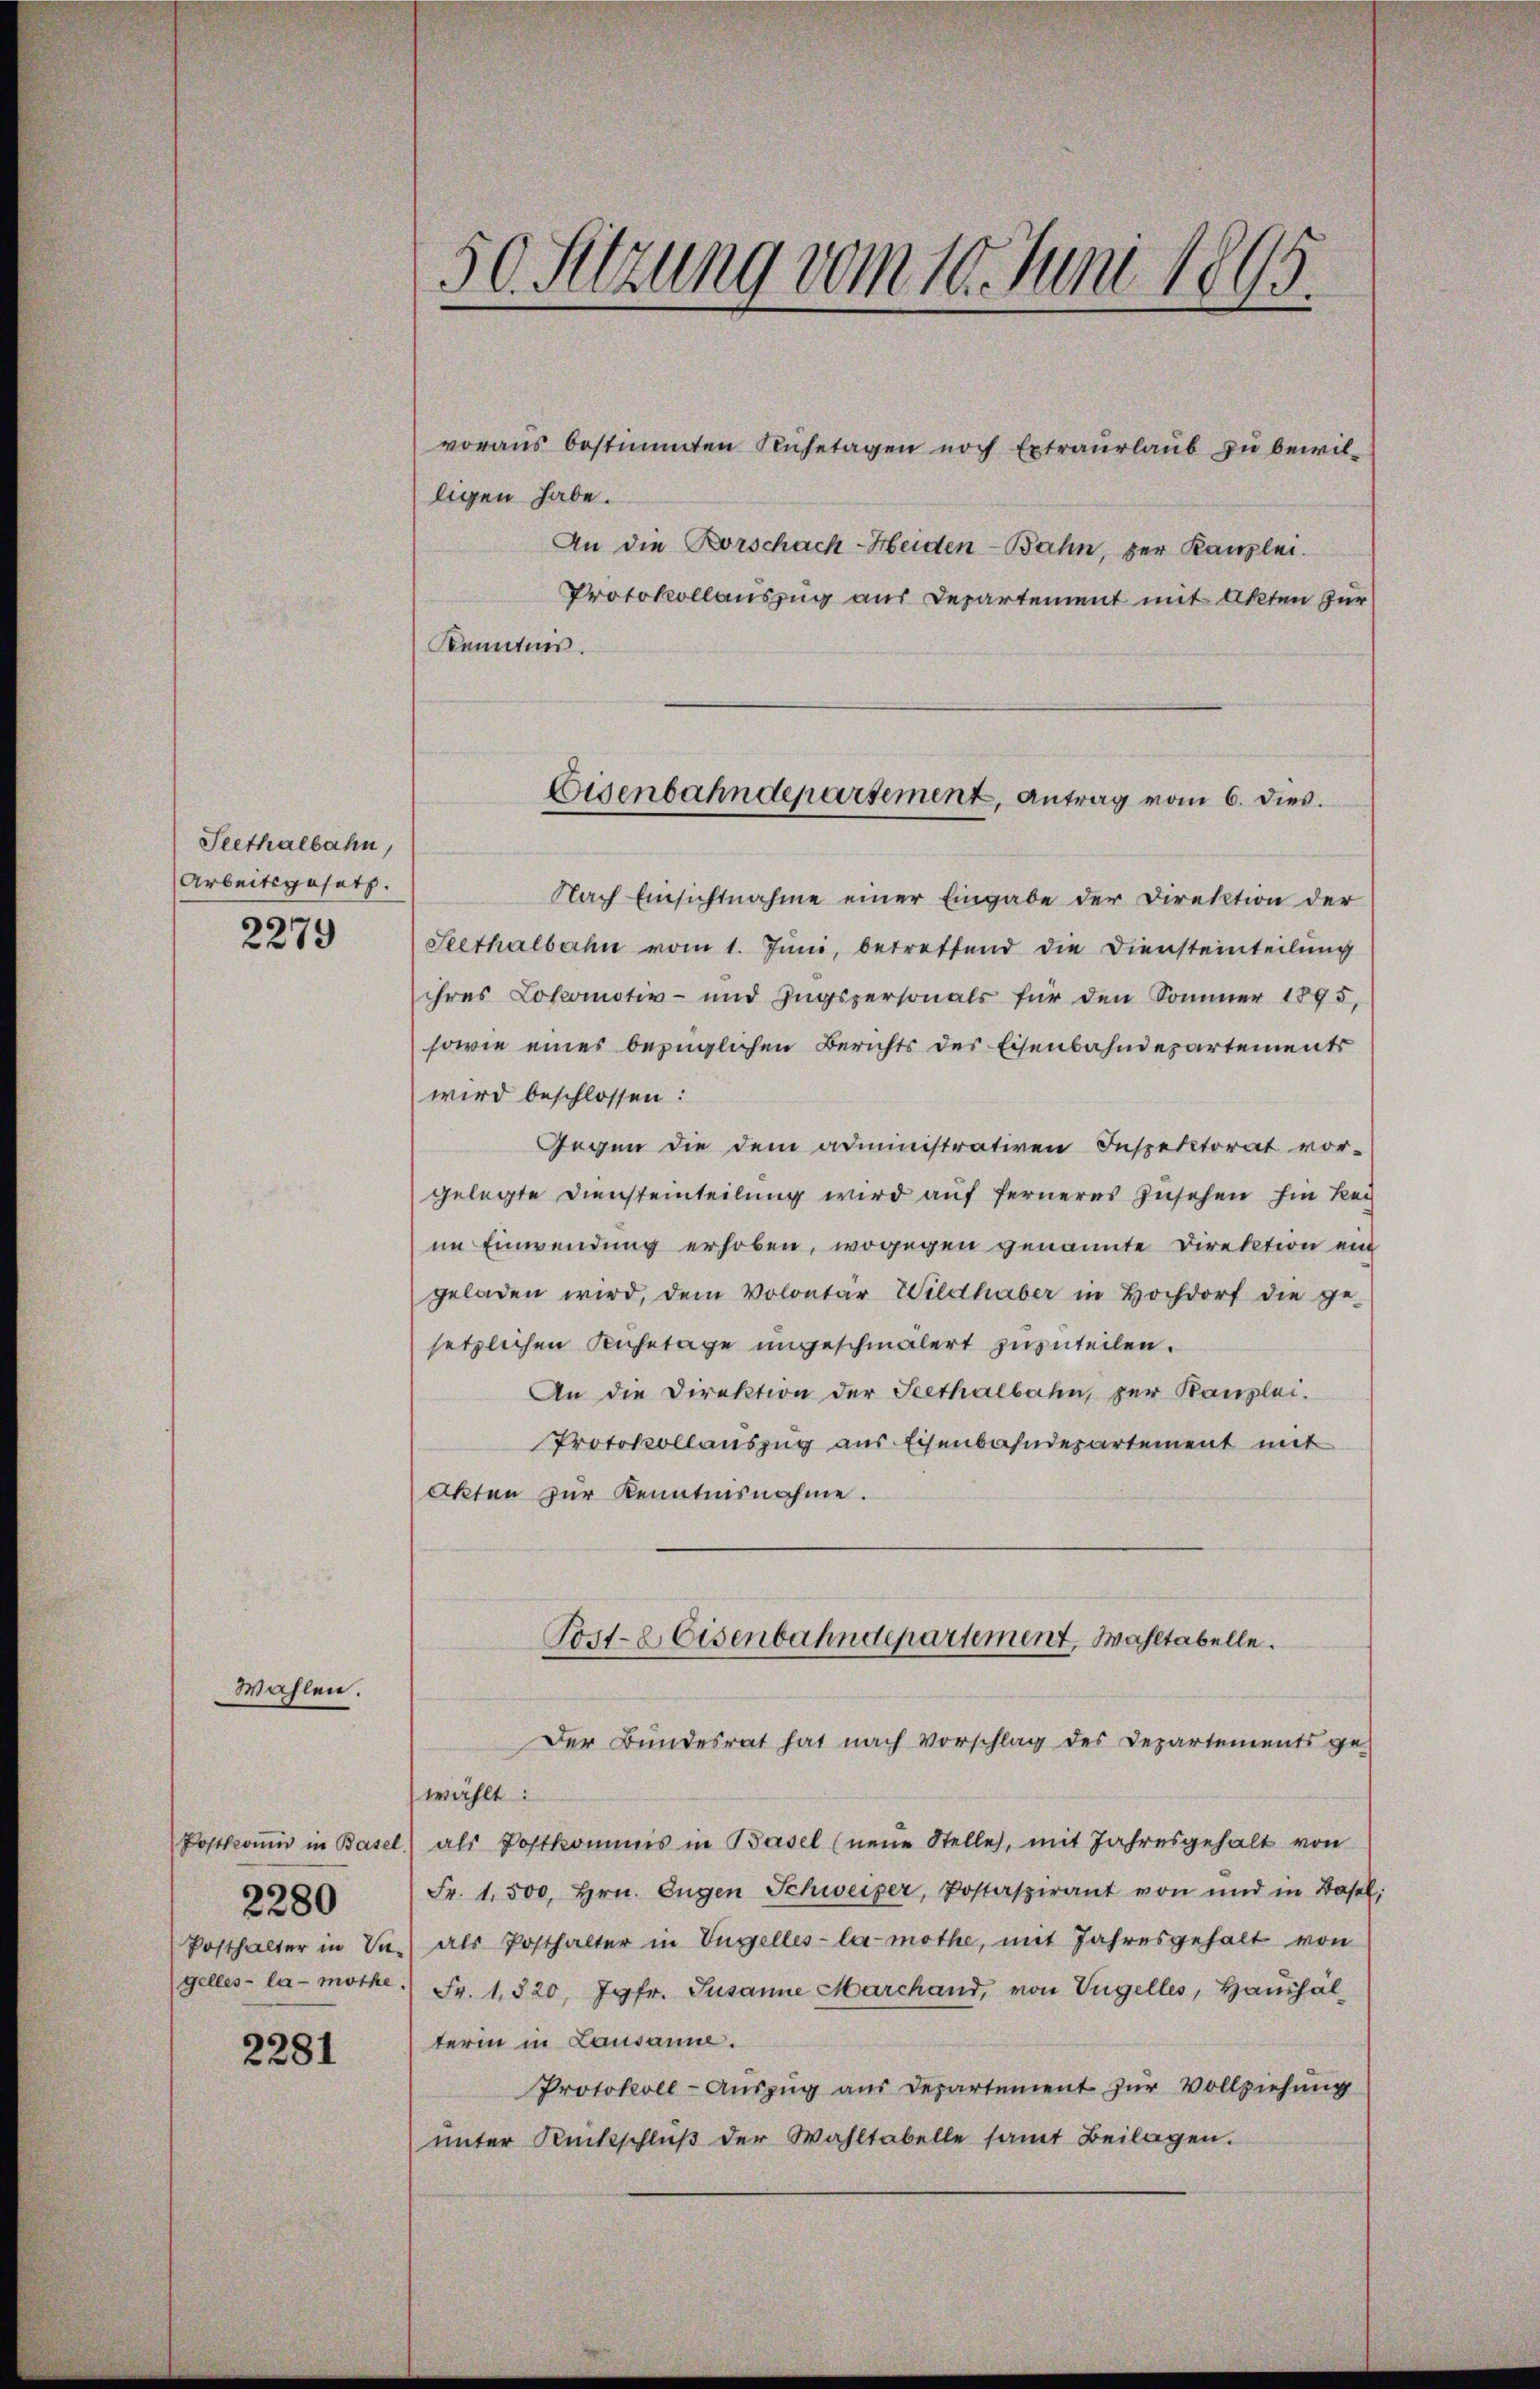
Seethalbahn,
Arbeitsgesetz.

2279

Wahlen.

Postkomit in Basel
Posthalter in Ve
gelles - la-mothe

2280

2281

50. Sitzung vom 10. Juni 1895.

voraus bestimmten Ruhetagen noch Extraurlaub zu bewilligen habe.
An die Rorschach-Heiden-Bahn, zur Kanzlei.
Protokollauszug aus Departement mit Akten zur
Kenntnis.
Nach Einsichtnahme einer Eingabe der Direktion der
Seethalbahn vom 1. Jŭni, betreffend die Diensteinteilŭng
ihres Lokomotiv- und Ingspersonals für den Sommer 1895,
sowie eines bezüglichen Berichts des Eisenbahndepartements
wird beschlossen:
Gegen die dem administrativen Inspektorat vor-
gelegte Diensteinteilung wird auf ferneres Zusehen hin kei
im Einwendung erhoben, wogegen genannte Direktion ein
geladen wird, dem Volontär Wildhaber in Hochdorf die ge-
setzlichen Kuhetage ungeschmälert zuzuteilen.
An die Direktion der Seethalbahn, zur Kanzlei.
Protokollauszug aus Eisenbahndepartement mit
Akten zur Kenntnisnahme.
Post-E Eisenbahndepartement, Wahltabelle.
Der Bundesrat hat nach Vorschlag des Departements ge-
wählt:
als Postkommis in Basel (neue Stelle, mit Jahresgehalt von
Fr. 1,500, Hrn. Eugen Schweizer, Postaspirant von und in Basel,
als Posthalter in Vngelles-la-möthe, mit Jahresgehalt von
Fr. 1820, Jgfr. Susanne Marchand, von Vngelles, Haushäl
term in Lausanne.
Protokoll-Aŭszŭg aŭs Departement zur Vollziehung
ŭnter Rückschlŭβ der Wahltabelle samt Beilagen.

Eisenbahndepartement, Antrag vom 6. dies.